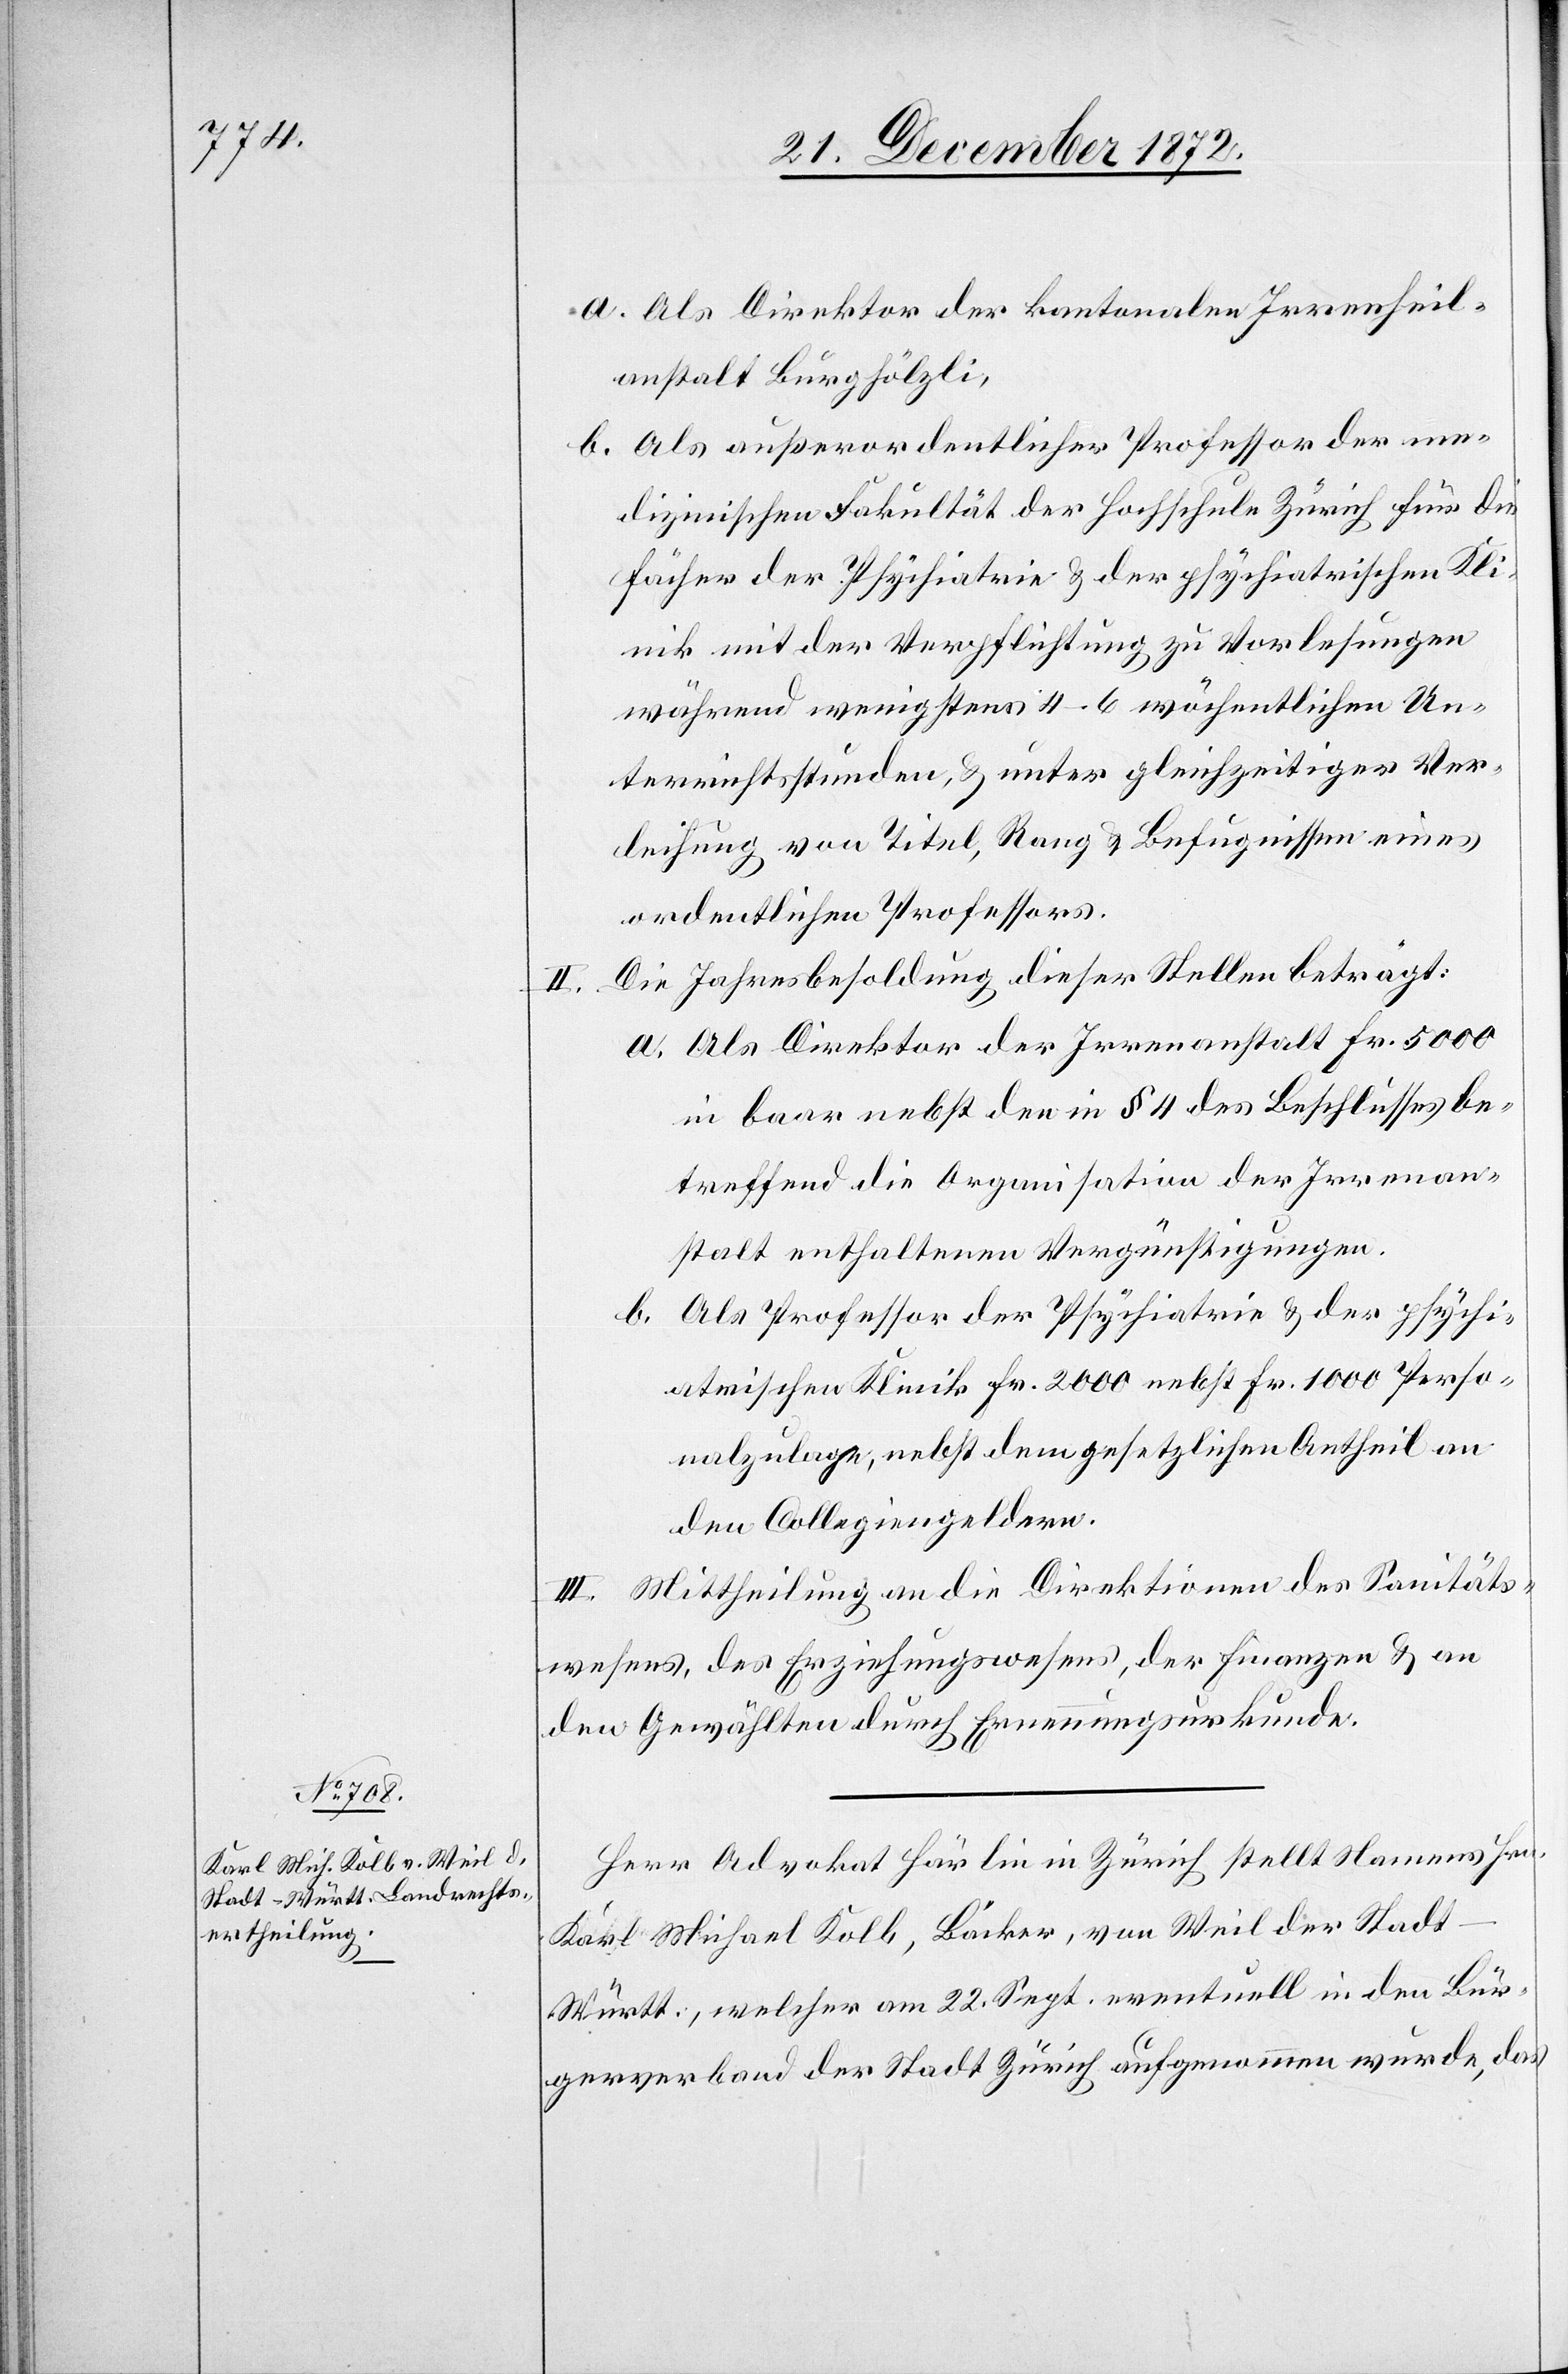
Gefängniß¬

a. Als Direktor der kantonalen Irrenheil¬
anstalt Bürghölzli,
b. Als außerordentlicher Professor der me¬
dizinischen Fakultät der Hochschule Zürich für die
Fächer der Psychiatrie u. der psychiatrischen Kl¬
inik mit der Verpflichtung zu Vorlesungen
während wenigstens 4–6 wöchentlichen Un¬
terrichtsstunden, u. unter gleichzeitiger Ver¬
leihung von Titel, Rang u. Befugnissen eines
ordentlichen Professors.
Die Jahresbesoldung dieser Stellen beträgt:
a. Als Direktor der Irrenanstalt Fr. 5000
in baar nebst den in § 4 des Beschlusses be¬
treffend die Organisation der Irrenan¬
stalt enthaltenen Vergünstigungen.
b. Als Professor der Psychiatrie u. der psychi¬
atrischen Klinik Fr. 2000 nebst Fr. 1000 Perso¬
nalzulage, nebst dem gesetzlichen Antheil an
den Collegiengeldern.
III. Mittheilung an die Direktionen des Sanitäts-
wesens, des Erziehungswesens, der Finanzen u. an
den Gewählten durch Ernennungsurkunde.
Herr Advokat Härlin in Zürich stellt Namens Hrn.
Karl Michael Kolb, Bäcker, von Weil der Stad¬
t-Württ., welcher am 22. Sept. eventuell in den Bür¬
gerverband der Stadt Zürich aufgenommen wurde, das